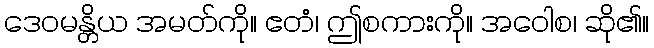
ဒေဝမန္တိယ အမတ်ကို။ ဧတံ၊ ဤစကားကို။ အဝေါစ၊ ဆို၏။